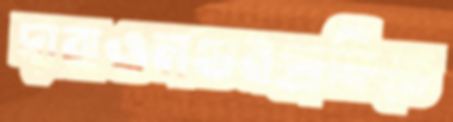
দাবাওলণ্ডনগ্রাফিতে